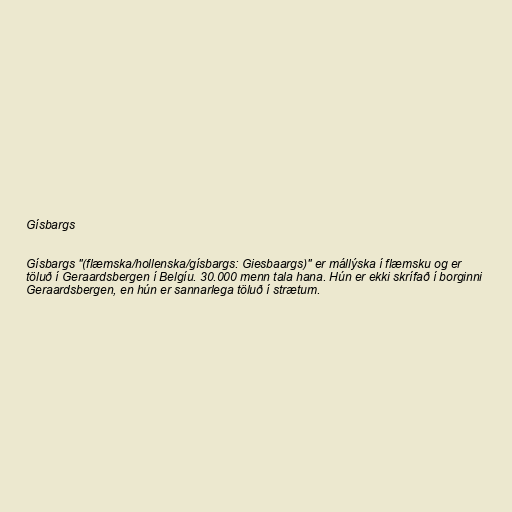
Gísbargs

Gísbargs "(flæmska/hollenska/gísbargs: Giesbaargs)" er mállýska í flæmsku og er
töluð í Geraardsbergen í Belgíu. 30.000 menn tala hana. Hún er ekki skrífað í borginni
Geraardsbergen, en hún er sannarlega töluð í strætum.